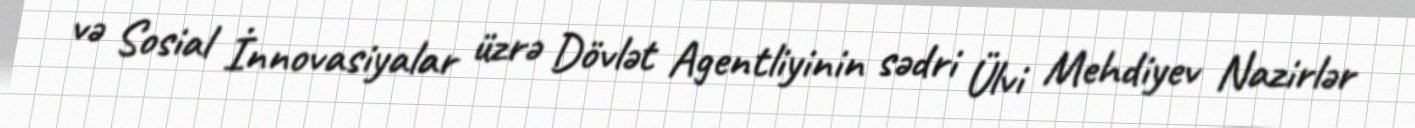
və Sosial İnnovasiyalar üzrə Dövlət Agentliyinin sədri Ülvi Mehdiyev Nazirlər